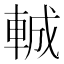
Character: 𮝍